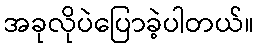
အခုလိုပဲပြောခဲ့ပါတယ်။